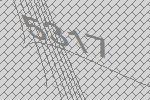
5317